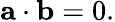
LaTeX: \mathbf{a}\cdot\mathbf{b}=0.